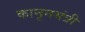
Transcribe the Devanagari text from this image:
कानूनमंत्री